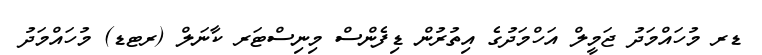
ޑރ މުހައްމަދު ޖަމީލް އަހްމަދުގެ އިތުރުން ޑިފެންސް މިނިސްޓަރ ކާނަލް (ރޓޑ) މުހައްމަދު